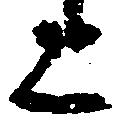
上